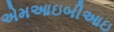
એમઆઇબીઆઇ